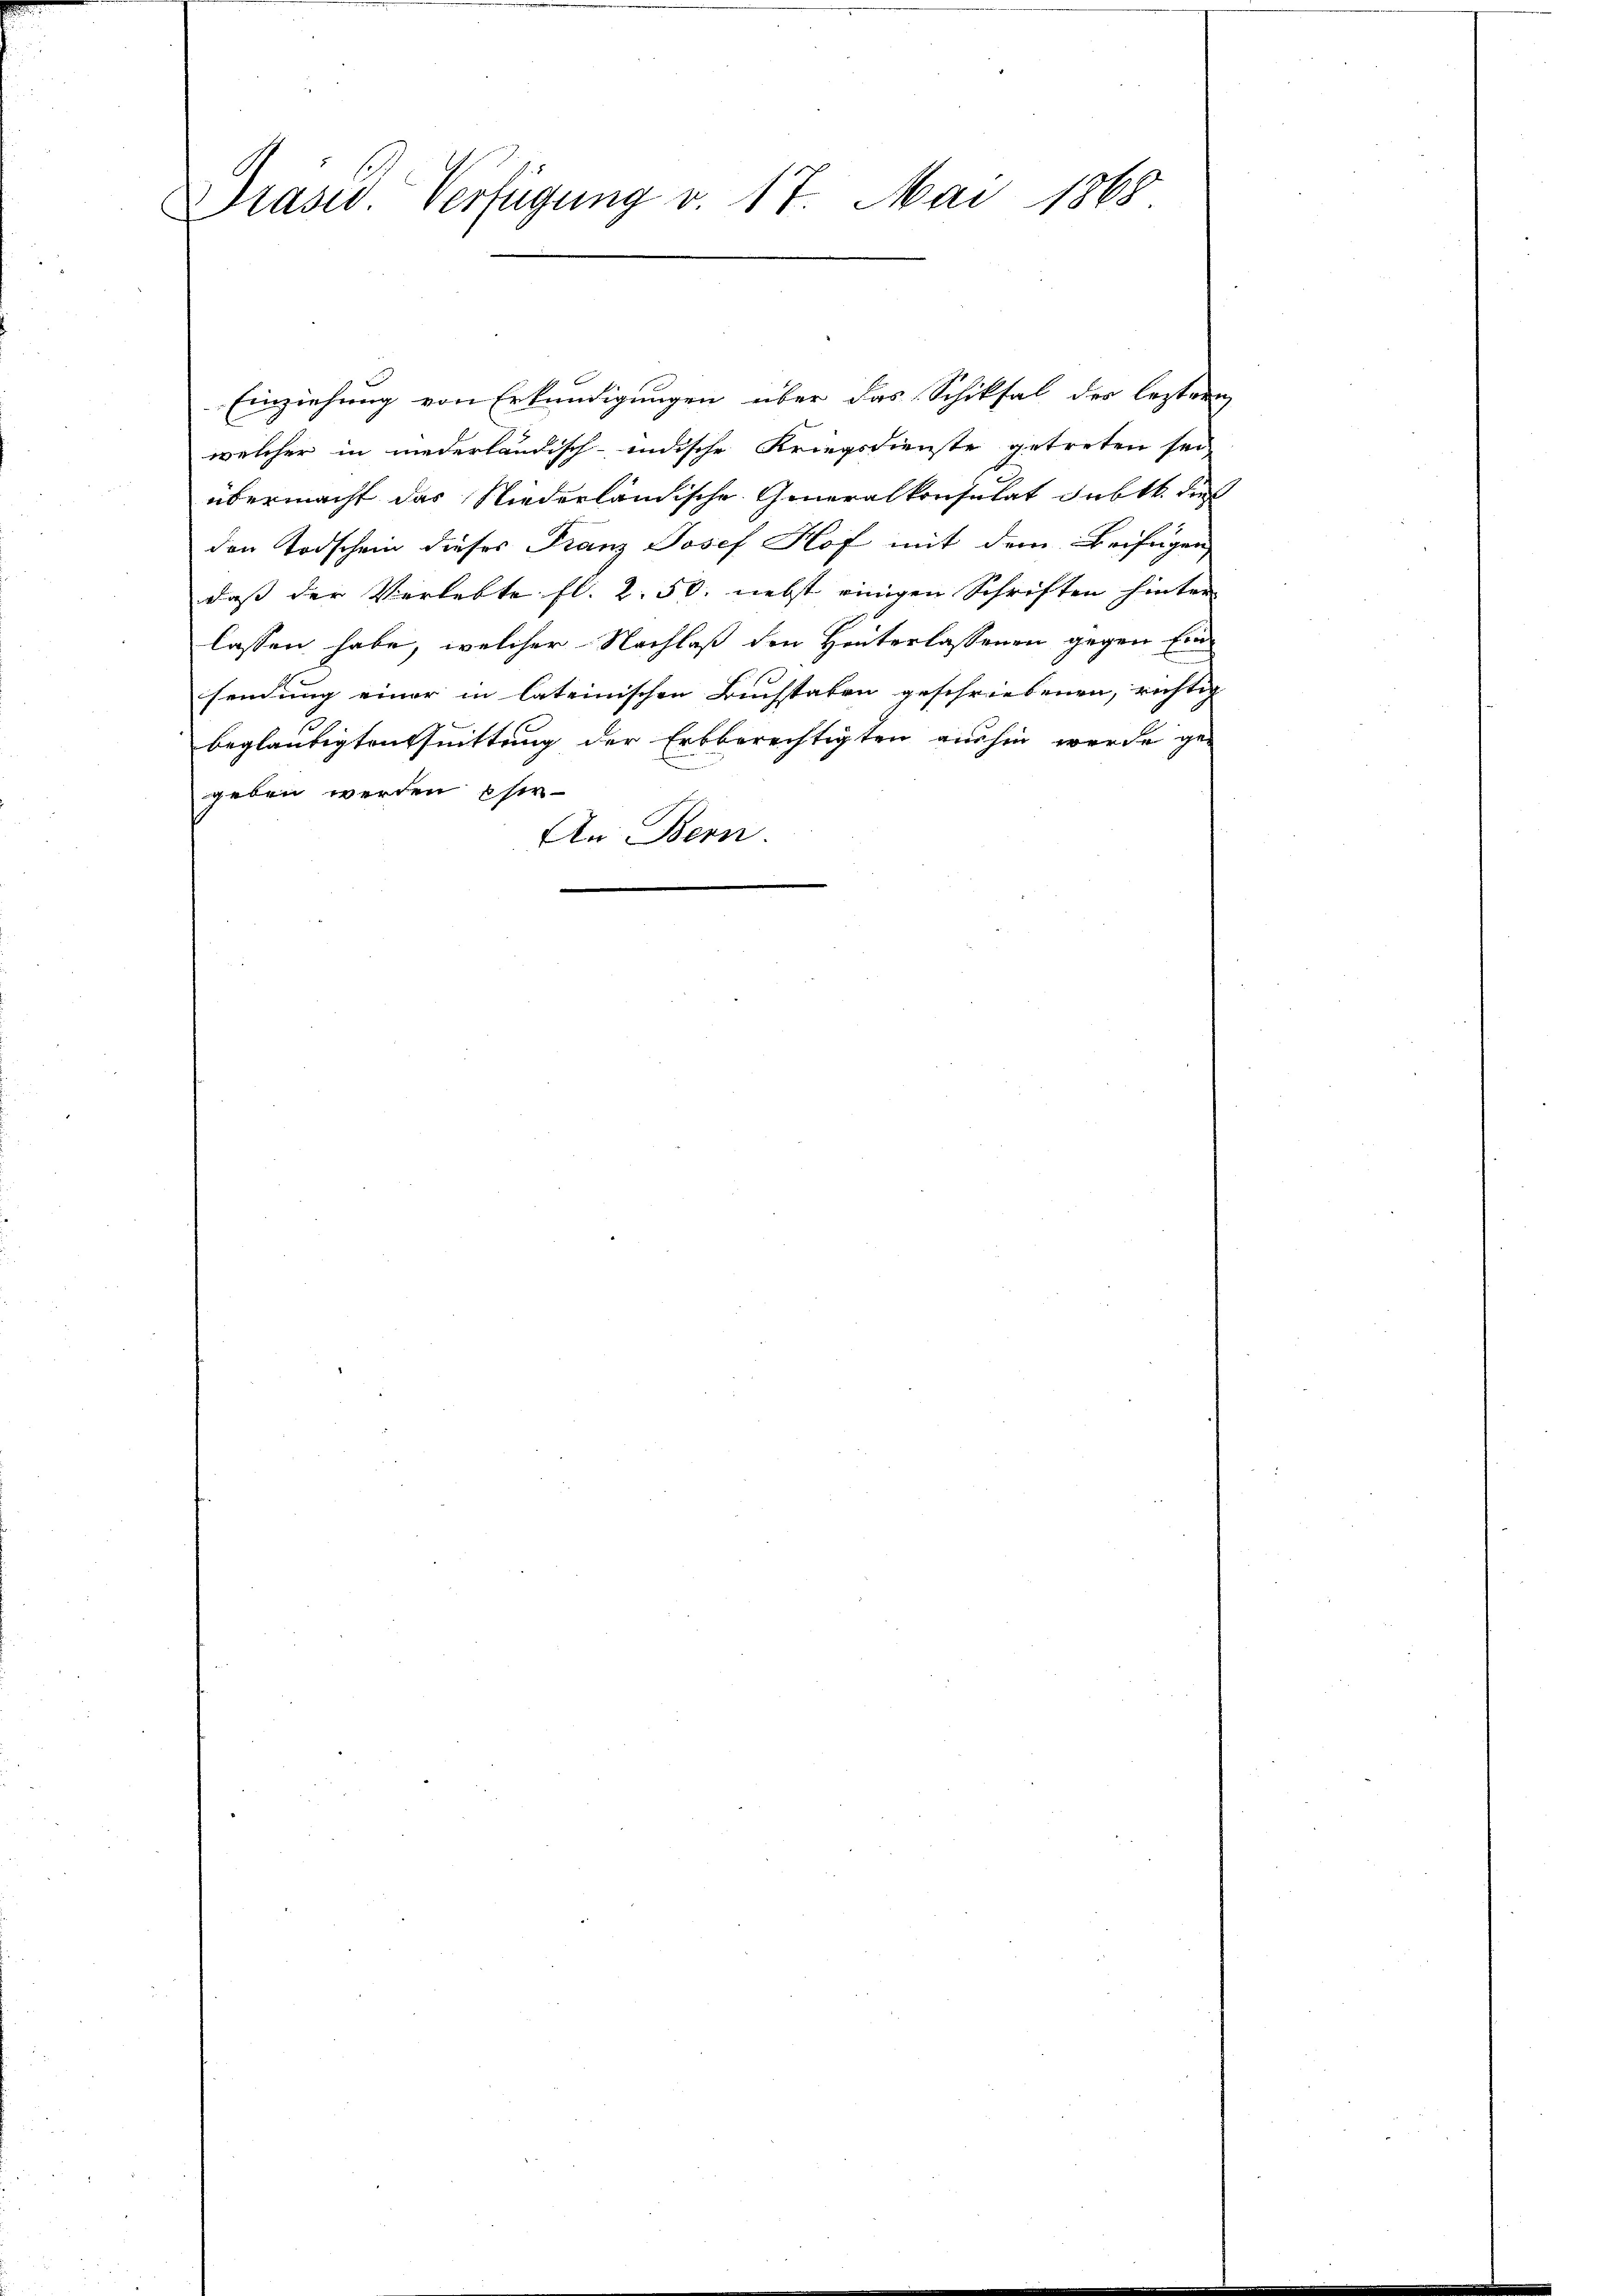
Präsid. Verfügung v. 17. Mai 1868

Einziehung von Erkundigungen über das Schiksal der leztern
welcher in niederländisch-indische Kriegsdienste getreten sei
übermacht das Niederländische Generalkonsulat subtt. dies
den Todschein dieses Franz Josef Hof mit dem Beifügen
dass der Verlebte fl. 2. 50. nebst einigen Schriften hinter
lassen habe, welcher Nachlaß den Hinterlassenen gegen Einsendung einer in lateinischen Buchstaben geschriebenen, richtig
beglaubigten Quittung der Erbberechtigten aushin werde ge-
geben werden Eher
An Bern
.